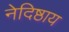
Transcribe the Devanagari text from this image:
नेदिष्ठाय